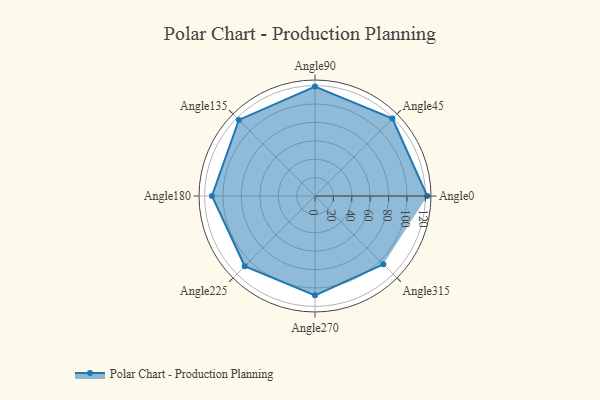
{"axis": {"x": "Angle", "y": "Radius"}, "legend": [""], "data": [{"x": "Angle0", "y": 122.0, "type": ""}, {"x": "Angle45", "y": 119.0, "type": ""}, {"x": "Angle90", "y": 119.0, "type": ""}, {"x": "Angle135", "y": 117.0, "type": ""}, {"x": "Angle180", "y": 112.0, "type": ""}, {"x": "Angle225", "y": 108.0, "type": ""}, {"x": "Angle270", "y": 108.0, "type": ""}, {"x": "Angle315", "y": 105.0, "type": ""}]}